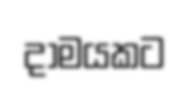
දාමයකට